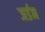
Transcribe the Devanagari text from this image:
जर्डन